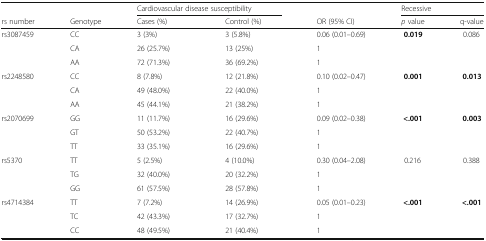
<table><thead><tr><td></td><td></td><td colspan="2"><b>Cardiovascular disease susceptibility</b></td><td></td><td colspan="2"><b>Recessive</b></td></tr><tr><td><b>rs number</b></td><td><b>Genotype</b></td><td><b>Cases (%)</b></td><td><b>Control (%)</b></td><td><b>OR (95% CI)</b></td><td><b><i>p</i> value</b></td><td><b>q-value</b></td></tr></thead><tbody><tr><td rowspan="3">rs3087459</td><td>CC</td><td>3 (3%)</td><td>3 (5.8%)</td><td>0.06 (0.01–0.69)</td><td><b>0.019</b></td><td>0.086</td></tr><tr><td>CA</td><td>26 (25.7%)</td><td>13 (25%)</td><td>1</td><td></td><td></td></tr><tr><td>AA</td><td>72 (71.3%)</td><td>36 (69.2%)</td><td>1</td><td></td><td></td></tr><tr><td rowspan="3">rs2248580</td><td>CC</td><td>8 (7.8%)</td><td>12 (21.8%)</td><td>0.10 (0.02–0.47)</td><td><b>0.001</b></td><td><b>0.013</b></td></tr><tr><td>CA</td><td>49 (48.0%)</td><td>22 (40.0%)</td><td>1</td><td></td><td></td></tr><tr><td>AA</td><td>45 (44.1%)</td><td>21 (38.2%)</td><td>1</td><td></td><td></td></tr><tr><td rowspan="3">rs2070699</td><td>GG</td><td>11 (11.7%)</td><td>16 (29.6%)</td><td>0.09 (0.02–0.38)</td><td><b>&lt;.001</b></td><td><b>0.003</b></td></tr><tr><td>GT</td><td>50 (53.2%)</td><td>22 (40.7%)</td><td>1</td><td></td><td></td></tr><tr><td>TT</td><td>33 (35.1%)</td><td>16 (29.6%)</td><td>1</td><td></td><td></td></tr><tr><td rowspan="3">rs5370</td><td>TT</td><td>5 (2.5%)</td><td>4 (10.0%)</td><td>0.30 (0.04–2.08)</td><td>0.216</td><td>0.388</td></tr><tr><td>TG</td><td>32 (40.0%)</td><td>20 (32.2%)</td><td>1</td><td></td><td></td></tr><tr><td>GG</td><td>61 (57.5%)</td><td>28 (57.8%)</td><td>1</td><td></td><td></td></tr><tr><td rowspan="3">rs4714384</td><td>TT</td><td>7 (7.2%)</td><td>14 (26.9%)</td><td>0.05 (0.01–0.23)</td><td><b>&lt;.001</b></td><td><b>&lt;.001</b></td></tr><tr><td>TC</td><td>42 (43.3%)</td><td>17 (32.7%)</td><td>1</td><td></td><td></td></tr><tr><td>CC</td><td>48 (49.5%)</td><td>21 (40.4%)</td><td>1</td><td></td><td></td></tr></tbody></table>